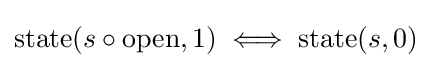
\mathrm {state} (s\circ \mathrm {open} ,1)\iff \mathrm {state} (s,0)